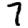
Digit: 7